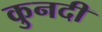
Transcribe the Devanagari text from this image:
कुनदी